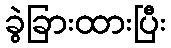
ခွဲခြားထားပြီး